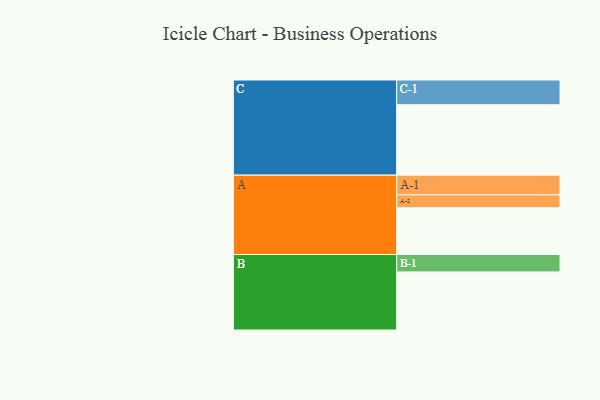
{"axis": {"x": "Segment", "y": "Value"}, "legend": ["", "A", "B", "C"], "data": [{"x": "A", "y": 387, "type": ""}, {"x": "B", "y": 481, "type": ""}, {"x": "C", "y": 583, "type": ""}, {"x": "A-1", "y": 163, "type": "A"}, {"x": "A-2", "y": 107, "type": "A"}, {"x": "B-1", "y": 144, "type": "B"}, {"x": "C-1", "y": 205, "type": "C"}]}